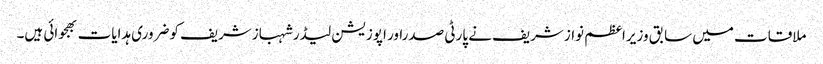
ملاقات میں سابق وزیراعظم نوازشریف نے پارٹی صدراور اپوزیشن لیڈرشہبازشریف کوضروری ہدایات بھجوائی ہیں۔